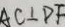
A C \bot D F